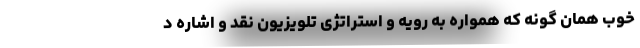
خوب همان گونه که همواره به رویه و استراتژی تلویزیون نقد و اشاره د